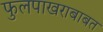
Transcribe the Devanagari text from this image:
फुलपाखराबाबत